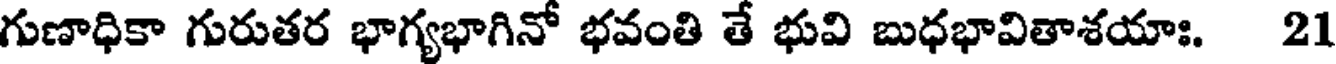
గుణాధికా గురుతర భాగ్యభాగినో భవంతి తే భువి బుధభావితాశయాః. 21